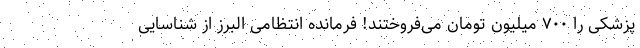
پزشکی را ۷۰۰ میلیون تومان می‌فروختند! فرمانده انتظامی البرز از شناسایی